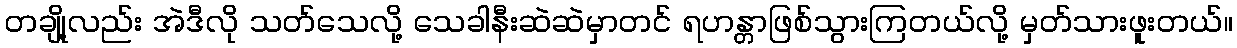
တချို့လည်း အဲဒီလို သတ်သေလို့ သေခါနီးဆဲဆဲမှာတင် ရဟန္တာဖြစ်သွားကြတယ်လို့ မှတ်သားဖူးတယ်။